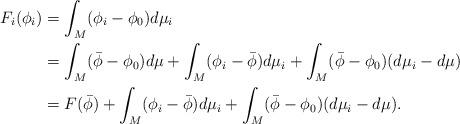
LaTeX: \begin{align*}F_i(\phi_i) &= \int_M (\phi_i -\phi_0)d\mu_i \\ &= \int_M(\bar{\phi} - \phi_0)d\mu + \int_M(\phi_i - \bar{\phi})d\mu_i + \int_M(\bar{\phi} - \phi_0) (d\mu_i - d\mu) \\ &= F(\bar{\phi}) + \int_M(\phi_i - \bar{\phi})d\mu_i + \int_M(\bar{\phi} - \phi_0) (d\mu_i - d\mu).\end{align*}